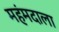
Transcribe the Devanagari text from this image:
महंमदाला